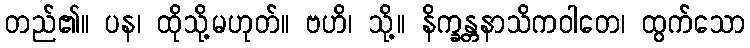
တည်၏။ ပန၊ ထိုသို့မဟုတ်။ ဗဟိ၊ သို့။ နိက္ခန္တနာသိကဝါတေ၊ ထွက်သော